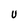
Character: U